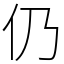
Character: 仍